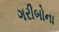
ગરીબોના